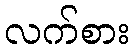
လက်စား